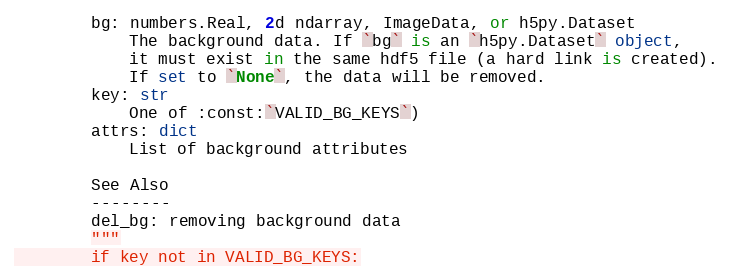
Language: Python
        bg: numbers.Real, 2d ndarray, ImageData, or h5py.Dataset
            The background data. If `bg` is an `h5py.Dataset` object,
            it must exist in the same hdf5 file (a hard link is created).
            If set to `None`, the data will be removed.
        key: str
            One of :const:`VALID_BG_KEYS`)
        attrs: dict
            List of background attributes

        See Also
        --------
        del_bg: removing background data
        """
        if key not in VALID_BG_KEYS: